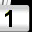
Digit: 1